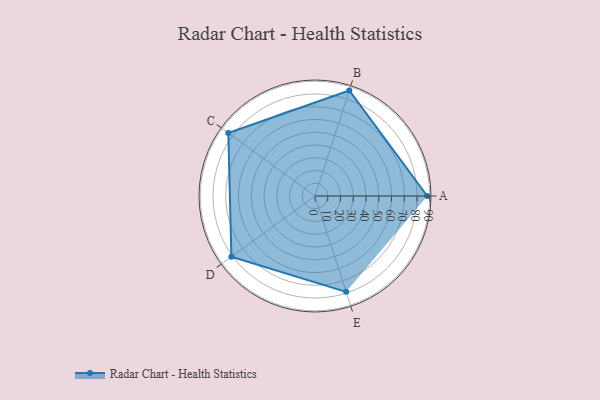
{"axis": {"x": "Skill", "y": "Score"}, "legend": ["Profile"], "data": [{"x": "A", "y": 88.0, "type": "Profile"}, {"x": "B", "y": 87.0, "type": "Profile"}, {"x": "C", "y": 84.0, "type": "Profile"}, {"x": "D", "y": 81.0, "type": "Profile"}, {"x": "E", "y": 79.0, "type": "Profile"}]}